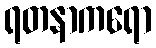
ရတနာကရော